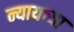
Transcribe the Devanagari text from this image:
न्यायच्या